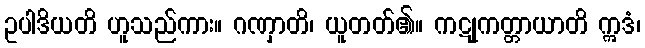
ဥပါဒိယတိ ဟူသည်ကား။ ဂဏှာတိ၊ ယူတတ်၏။ ကဋုကတ္တာယာတိ ဣဒံ၊